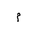
Letter: _mim